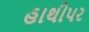
હાથીપર